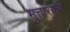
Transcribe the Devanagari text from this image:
मुत्तार्ंकण